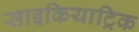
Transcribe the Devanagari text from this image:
साइकियाट्रिक